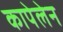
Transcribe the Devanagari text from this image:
कापेलेन